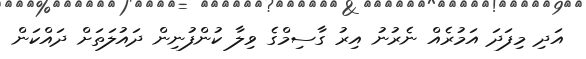
އަދި މިފަދަ އަމުރެއް ނެރުނު އިރު ގާސިމްގެ ވިލާ ކުންފުނިން ދައުލަތަށް ދައްކަން